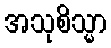
အသုစိသ္မာ